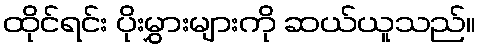
ထိုင်ရင်း ပိုးမွှားများကို ဆယ်ယူသည်။